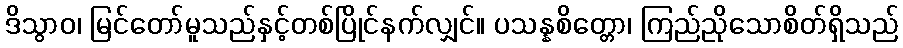
ဒိသွာဝ၊ မြင်တော်မူသည်နှင့်တစ်ပြိုင်နက်လျှင်။ ပသန္နစိတ္တော၊ ကြည်ညိုသောစိတ်ရှိသည်